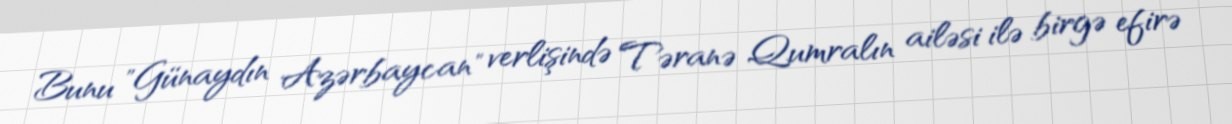
Bunu "Günaydın Azərbaycan" verlişində Təranə Qumralın ailəsi ilə birgə efirə